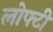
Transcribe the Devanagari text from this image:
लोफ्टी